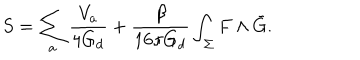
S = \sum _ { a } \frac { V _ { a } } { 4 G _ { d } } + \frac { \beta } { 1 6 \pi G _ { d } } \int _ { \Sigma } F \wedge \bar { G } .